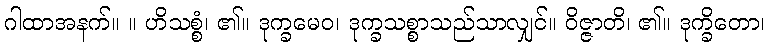
ဂါထာအနက်။ ။ ဟိသစ္စံ၊ ၏။ ဒုက္ခမေဝ၊ ဒုက္ခသစ္စာသည်သာလျှင်။ ဝိဇ္ဇာတိ၊ ၏။ ဒုက္ခိတော၊